Jaan_Tonisson_(Lasteleht), lk 288
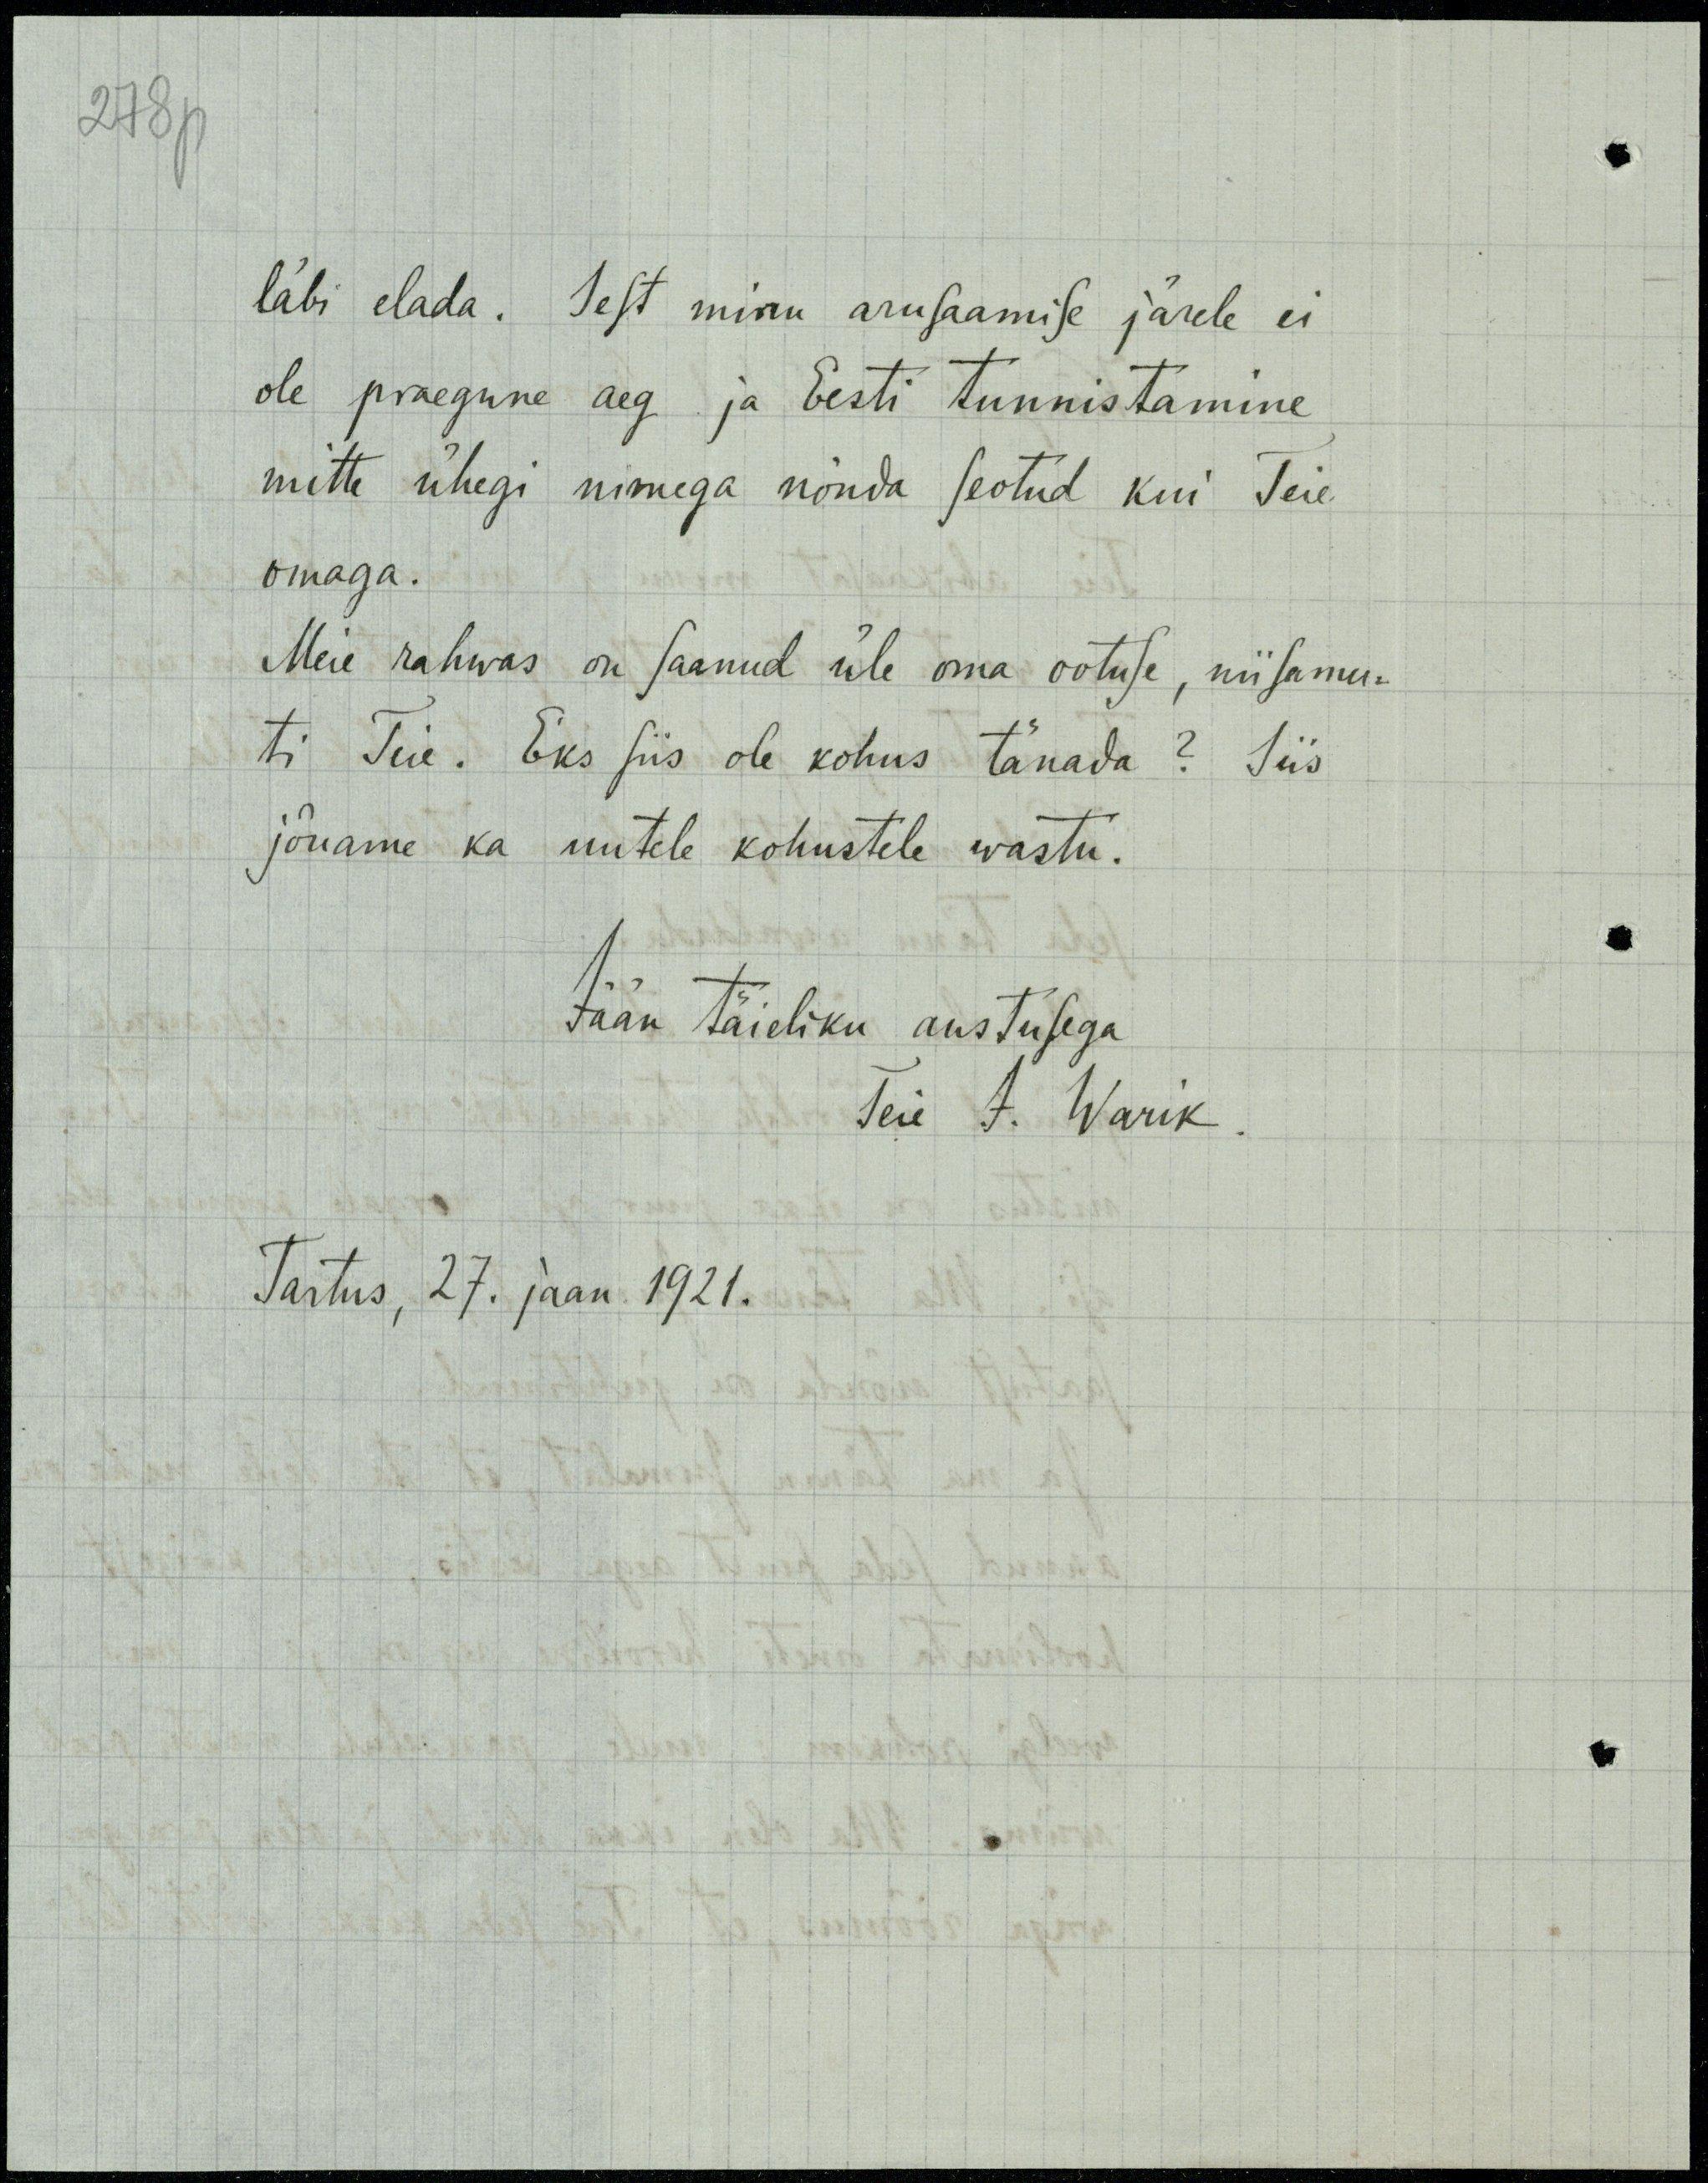
278p

läbi elada. Sest minu arusaamise järele ei
ole praegune aeg ja Eesti tunnistamine
mitte ühegi nimega nõnda seotud kui Teie
omaga.
Meie rahwas on saanud üle oma ootuse, niisamu-
ti Teie. Eks siis ole kohus tänada? Siis
jõuame ka uutele kohustele wastu.
Jään täieliku austusega
Teie A. Warik
Tartus, 27. jaan 1921.